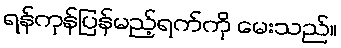
ရန်ကုန်ပြန်မည့်ရက်ကို မေးသည်။